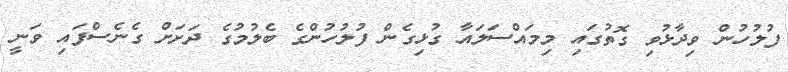
ފުލުހުން ވިދާޅުވި ގޮތުގައި މިމައްސަލައާ ގުޅިގެން ފުލުހުންގެ ބެލުމުގެ ދަށަށް ގެނެސްފައި ވަނީ